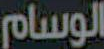
الوسام